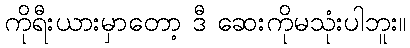
ကိုရီးယားမှာတော့ ဒီ ဆေးကိုမသုံးပါဘူး။